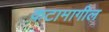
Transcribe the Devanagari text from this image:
कटामागील